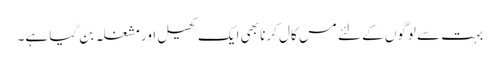
بہت سے لوگوں کے لئے مس کال کرنا بھی ایک کھیل اور مشغلہ بن گیا ہے۔